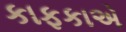
કાફકાએ